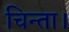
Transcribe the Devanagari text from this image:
चिन्ता।